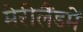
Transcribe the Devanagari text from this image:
मेरीलैंडमें